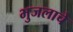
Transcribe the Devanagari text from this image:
भुजलाचे